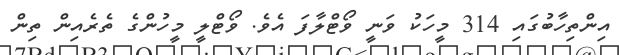
އިންތިހާބުގައި 314 މީހަކު ވަނީ ވޯޓްލާފަ އެވެ. ވޯޓްލީ މީހުންގެ ތެރެއިން ތިން